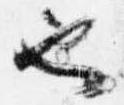
也